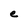
Character: e